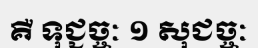
គឺ ទុជ្ជច្ចៈ ១ សុជច្ចៈ